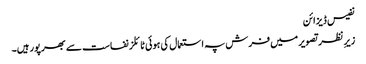
نفیس ڈیزائن
زیرِ نظر تصویر میں فرش پہ استعمال کی ہوئی ٹائلز نفاست سے بھرپور ہیں۔